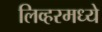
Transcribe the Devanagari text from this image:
लिव्हरमध्ये